Vaccination in Burma 1912-1922 - 1912-1922
Year: 1912
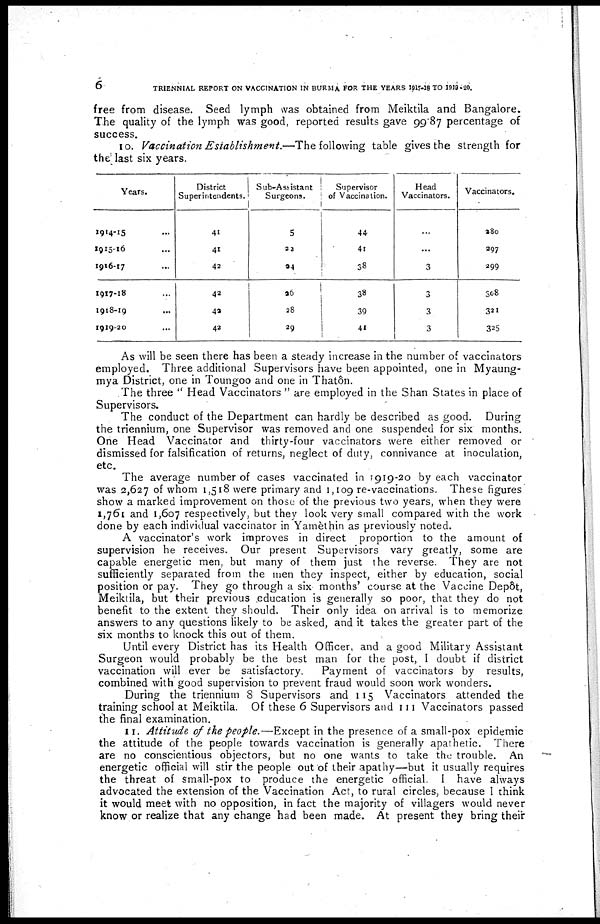
6
TRIENNIAL REPORT ON VACCINATION IN BURMA FOR THE YEARS 1917-18 TO 1919-20.
free from disease. Seed lymph was obtained from Meiktila and Bangalore.
The quality of the lymph was good, reported results gave 99.87 percentage of
success.
10. Vaccination Establishment.—The following table gives the strength for
the last six years.
Years.
1914-15... ... ...
1915-16... ... ...
1916-17... ... ...
1917-18... ... ...
1918-19... ... ...
1919-20... ... ...
District
Superintendents.
41
41
42
42
42
42
Sub-Assistant
Surgeons.
5
22
24
26
28
29
Supervisor
of Vaccination.
44
41
38
38
39
41
Head
Vaccinators.
...
...
3
308
3
3
Vaccinators.
280
297
299
308
321
325
As will be seen there has been a steady increase in the number of vaccinators
employed. Three additional Supervisors have been appointed, one in Myaung-
mya District, one in Toungoo and one in Thatôn.
The three " Head Vaccinators " are employed in the Shan States in place of
Supervisors.
The conduct of the Department can hardly be described as good. During
the triennium, one Supervisor was removed and one suspended for six months.
One Head Vaccinator and thirty-four vaccinators were either removed or
dismissed for falsification of returns, neglect of duty, connivance at inoculation,
etc.
The average number of cases vaccinated in 1919-20 by each vaccinator
was 2,627 of whom 1,518 were primary and 1,109 re-vaccinations. These figures
show a marked improvement on those of the previous two years, when they were
1,761 and 1,607 respectively, but they look very small compared with the work
done by each individual vaccinator in Yamèthin as previously noted.
A vaccinator's work improves in direct proportion to the amount of
supervision he receives. Our present Supervisors vary greatly, some are
capable energetic men, but many of them just the reverse. They are not
sufficiently separated from the men they inspect, either by education, social
position or pay. They go through a six months' course at the Vaccine Depôt,
Meiktila, but their previous education is generally so poor, that they do not
benefit to the extent they should. Their only idea on arrival is to memorize
answers to any questions likely to be asked, and it takes the greater part of the
six months to knock this out of them.
Until every District has its Health Officer, and a good Military Assistant
Surgeon would probably be the best man for the post, I doubt if district
vaccination will ever be satisfactory.
Payment of vaccinators by results,
combined with good supervision to prevent fraud would soon work wonders.
During the triennium 8 Supervisors and 115 Vaccinators attended the
training school at Meiktila. Of these 6 Supervisors and 111 Vaccinators passed
the final examination.
11. Attitude of the people.—Except in the presence of a small-pox epidemic
the attitude of the people towards vaccination is generally apathetic. There
are no conscientious objectors, but no one wants to take the trouble. An
energetic official will stir the people out of their apathy—but it usually requires
the threat of small-pox to produce the energetic official. I have always
advocated the extension of the Vaccination Act, to rural circles, because I think
it would meet with no opposition, in fact the majority of villagers would never
know or realize that any change had been made. At present they bring their